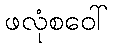
ဖလုံစဝေါ်